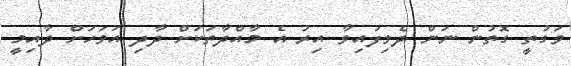
ވަގުތީ ގޮތުން ނަން ދެވިފައިވާ އިރު އެ މާއްދާތަކަށް ދާދި އަވަހަށް ދާއިމީ